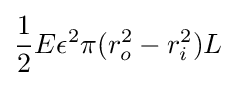
{\frac {1}{2}}E\epsilon ^{2}\pi (r_{o}^{2}-r_{i}^{2})L